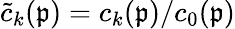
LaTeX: \widetilde{c}_{k}(\mathfrak{p})=c_{k}(\mathfrak{p})/c_{0}(\mathfrak{p})